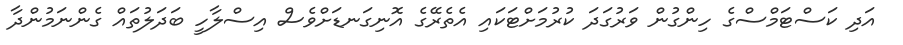
އަދި ކަސްޓަމްސްގެ ހިންގުން ވަރުގަދަ ކުރުމަށްޓަކައި އެތެރޭގެ އޮނިގަނޑަށްވެސް އިސްލާހީ ބަދަލުތައް ގެންނަމުންދާ